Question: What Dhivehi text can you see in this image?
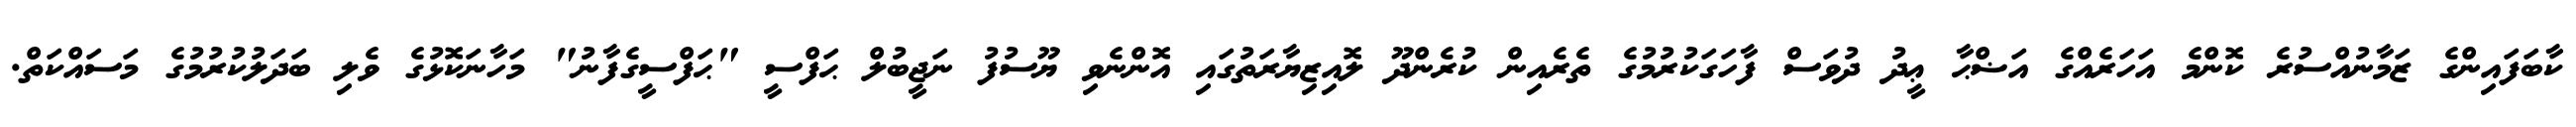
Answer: ކާބަފައިންގެ ޒަމާނުއްސުރެ ކޮންމެ އަހަރެއްގެ އަޟްޙާ ޢީދު ދުވަސް ފާހަގަކުރުމުގެ ތެރެއިން ކުރެންދޫ ލޮއިޒިޔާރަތުގައި އޮންނެވި ޔޫސުފު ނަޖީބުލް ޙަފްސީ "ޙަފްސީގެފާނު" މަހާނަކޮޅުގެ ވެލި ބަދަލުކުރުމުގެ މަސައްކަތް.